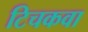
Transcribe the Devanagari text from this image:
टिचकवा